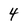
Character: 4